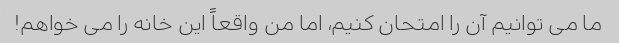
ما می توانیم آن را امتحان کنیم، اما من واقعاً این خانه را می خواهم!